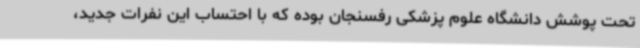
تحت پوشش دانشگاه علوم پزشکی رفسنجان بوده که با احتساب این نفرات جدید،